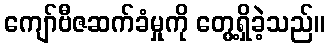
ကျော်ဗီဇဆက်ခံမှုကို တွေ့ရှိခဲ့သည်။